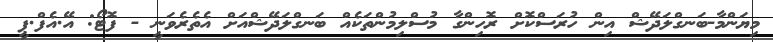
މިޔަންމާ-ބަނގްލަދޭޝް އިން ހުރަސްކޮށް ރޮހިންގާ މުސްލިމުންތަކެއް ބަނގްލަދޭޝްއަށް އެތެރެވަނީ - ފޮޓޯ: އޭ.އެފް.ޕީ